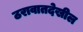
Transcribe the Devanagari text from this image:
ठरावातदेखील